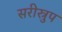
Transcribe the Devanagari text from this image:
सरीस्रुप